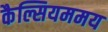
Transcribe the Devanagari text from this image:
कैल्सियममय